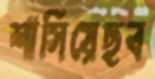
শাসিয়েছব